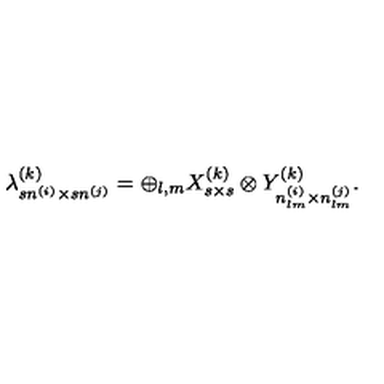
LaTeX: \lambda _ { s n ^ { ( i ) } \times s n ^ { ( j ) } } ^ { ( k ) } = \oplus _ { l , m } X _ { s \times s } ^ { ( k ) } \otimes Y _ { n _ { l m } ^ { ( i ) } \times n _ { l m } ^ { ( j ) } } ^ { ( k ) } .